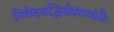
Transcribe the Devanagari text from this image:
निवेदयद्भिर्वक्तव्यंतैः